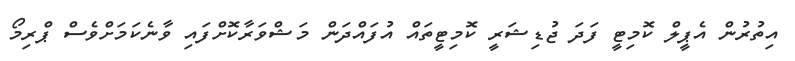
އިތުރުން އެޕީލް ކޮމިޓީ ފަދަ ޖުޑިޝަރީ ކޮމިޓީތައް އުފައްދަން މަޝްވަރާކޮށްފައި ވާނެކަމަށްވެސް ޕްރިމޯ